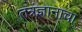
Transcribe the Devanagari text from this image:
तत्रंज्ञानाचा